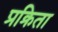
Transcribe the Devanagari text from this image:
प्रक्रिता